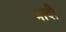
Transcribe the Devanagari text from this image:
त्रादी